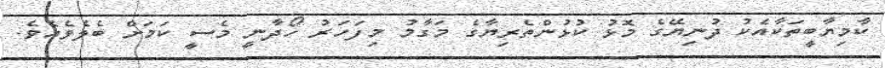
ކާމިޔާބީތަކާއެކު ދުނިޔޭގެ މޮޅު ކުޅުންތެރިޔާގެ މަގާމު މިފަހަރު ހޯދާނީ މެސީ ކަމަށް ބެލެވެއެވެ.